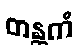
တန္တကံ